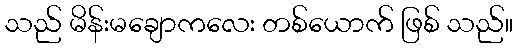
သည် မိန်းမချောကလေး တစ်ယောက် ဖြစ် သည်။